Scottish Leaving Certificate Examination, 1961
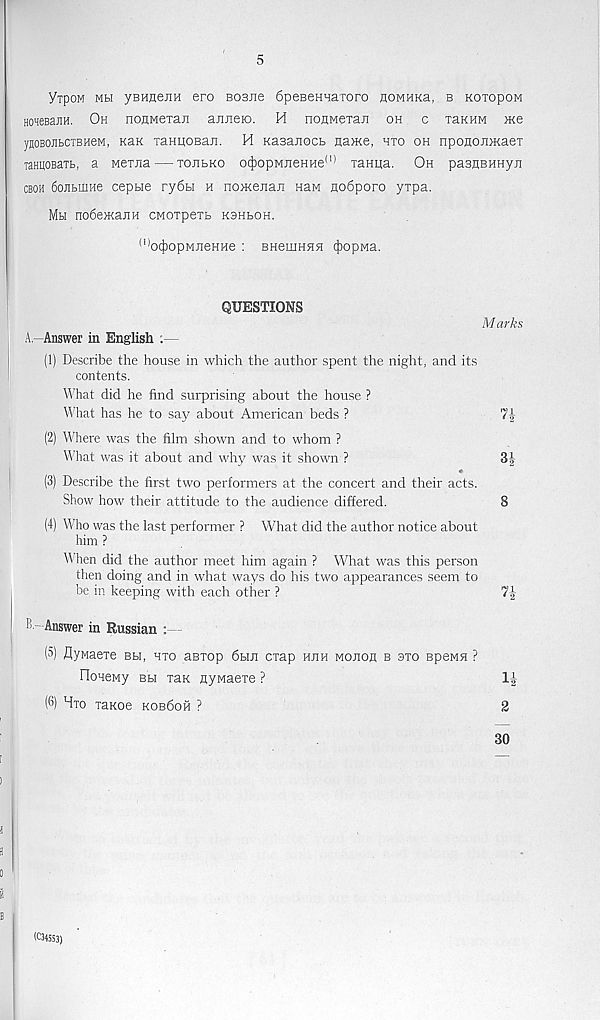
5
YrpOM Mbi yBHueuH ero BOSJie 6peBeHHaxoro noMHKa, b kotopom
HoneBajiH. Oh nonMexan ajineio. H nonMexan oh c xaKHM >Ke
ynoBOJibcxBHeM, Kan xanpoBan. H Kasanocb na>Ke, hxo oh npononmaex
TaHUOBaxb, a Mexxia — xoubro o^opMHeHHe 01 xanua. Oh pasnBHHyii
cboh 6ojibinHe ceptie ry6bi h nojKeiiaji naM no6poro yxpa.
Mh no6e}KajiH cwoxpexb kohloh.
(l) oc}jopMJieHHe : BHemnHH 4iopMa.
QUESTIONS
A.-Answer in English .—
(1) Describe the house in which the author spent the night, and its
contents.
What did he find surprising about the house ?
What has he to say? about American beds ?
(2) Where was the film shown and to whom ?
What was it about and why was it shown ?
(3) Describe the first two performers at the concert and their acts.
Show how their attitude to the audience differed.
(4) Who was the last performer ? What did the author notice about
him ?
When did the author meet him again ? What was this person
then doing and in what ways do his two appearances seem to
be in keeping with each other ?
Marks
n
34
?4
Answer in Russian :
(5) flyMaexe bh, hxo asxop 6hji cxap hjih mojioh b sxo BpeMH ?
HoneMy bbi xaK nyiviaexe ?
(6) Hxo xaKoe kob6oh ?
2
14
30
(C34553)